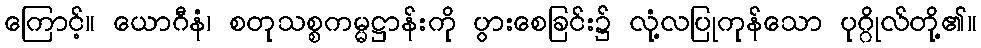
ကြောင့်။ ယောဂီနံ၊ စတုသစ္စကမ္မဋ္ဌာန်းကို ပွားစေခြင်း၌ လုံ့လပြုကုန်သော ပုဂ္ဂိုလ်တို့၏။